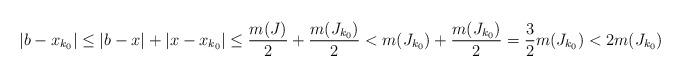
LaTeX: \begin{align*} |b-x_{k_0}| \leq |b-x|+|x-x_{k_0}| \leq \frac{m(J)}{2}+ \frac{m(J_{k_0})}{2} < m(J_{k_0})+\frac{m(J_{k_0})}{2} = \frac{3}{2} m(J_{k_0}) < 2m(J_{k_0}) \end{align*}